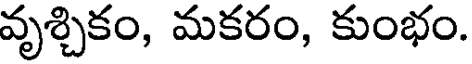
వృశ్చికం, మకరం, కుంభం.